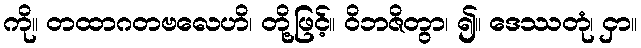
ကို။ တထာဂတဗလေဟိ၊ တို့ဖြင့်။ ဝိဘဇိတွာ၊ ၍။ ဒေဿတုံ၊ ငှာ။